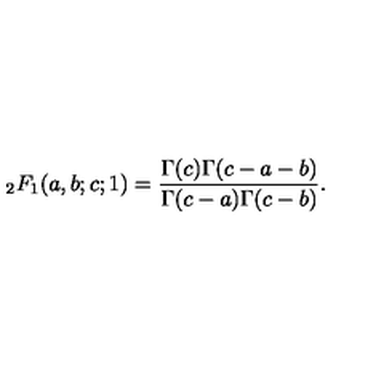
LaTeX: { } _ { 2 } F _ { 1 } ( a , b ; c ; 1 ) = \frac { \Gamma ( c ) \Gamma ( c - a - b ) } { \Gamma ( c - a ) \Gamma ( c - b ) } .